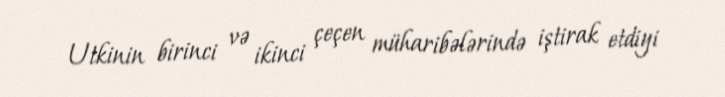
Utkinin birinci və ikinci çeçen müharibələrində iştirak etdiyi